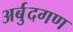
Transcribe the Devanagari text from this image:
अर्बुदगण